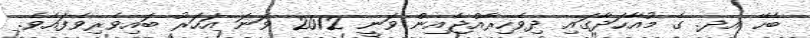
ބެހޭ އދ. ގެ މުއާހަދާގައި ދިވެހިރާއްޖެއިން ވަނީ 2012 ވަނަ އަހަރު ބައިވެރިވެފައެވެ.